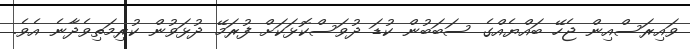
ވައިރަސްއިން ޖެހޭ ބައްޔެއްގެ ސަބަބުން ކުޑަ ދުވަސްކޮޅަކަށް ފުރަމޭ ދުޅަވުން ކުރިމަތިވެދާނެ އެވެ.